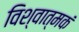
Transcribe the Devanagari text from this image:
विश्वात्मकं